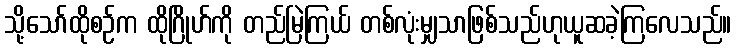
သို့သော်ထိုစဉ်က ထိုဂြိုဟ်ကို တည်မြဲကြယ် တစ်လုံးမျှသာဖြစ်သည်ဟုယူဆခဲ့ကြလေသည်။